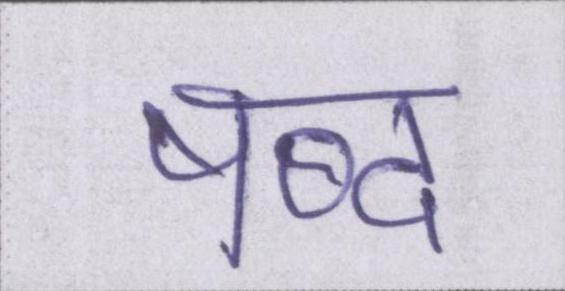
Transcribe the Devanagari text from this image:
षब्द